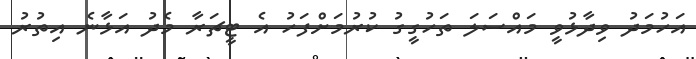
އަހުމަދު ވިދާޅުވީ މައްސަލަ ތަހުގީގު ކުރުމަށްފަހު އެ ޓީޗަރާ މެދު އަޅާނެ އިތުރު